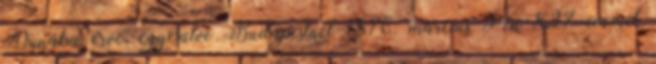
Dunába érve, egyesülve Budapestnél 1876. március 9-én 827 cm-rel